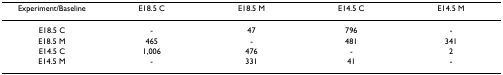
<table><thead><tr><td><b>Experiment/Baseline</b></td><td><b>E18.5 C</b></td><td><b>E18.5 M</b></td><td><b>E14.5 C</b></td><td><b>E14.5 M</b></td></tr></thead><tbody><tr><td>E18.5 C</td><td>-</td><td>47</td><td>796</td><td>-</td></tr><tr><td>E18.5 M</td><td>465</td><td>-</td><td>481</td><td>341</td></tr><tr><td>E14.5 C</td><td>1,006</td><td>476</td><td>-</td><td>2</td></tr><tr><td>E14.5 M</td><td>-</td><td>331</td><td>41</td><td>-</td></tr></tbody></table>